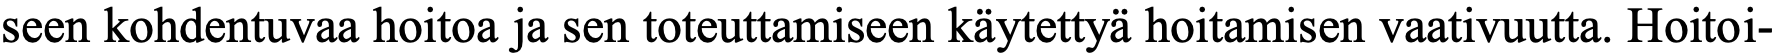
seen kohdentuvaa hoitoa ja sen toteuttamiseen käytettyä hoitamisen vaativuutta. Hoitoi-